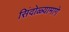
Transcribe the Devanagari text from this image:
सिंदोळ्यामागे